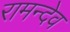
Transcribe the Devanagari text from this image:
रामन्देव